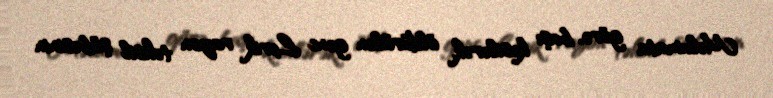
Məlumata görə, başı kəsilərək, öldürülən gənc Lerik rayon təhsil şöbəsinin